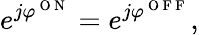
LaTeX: e^{j\varphi^{\mathrm{~O~N~}}}=e^{j\varphi^{\mathrm{~O~F~F~}}},